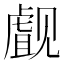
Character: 𰴜